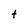
Character: t